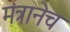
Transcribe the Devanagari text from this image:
मंत्रानेच